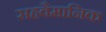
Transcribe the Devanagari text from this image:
सहवैमानिक